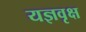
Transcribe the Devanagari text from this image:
यज्ञवृक्ष